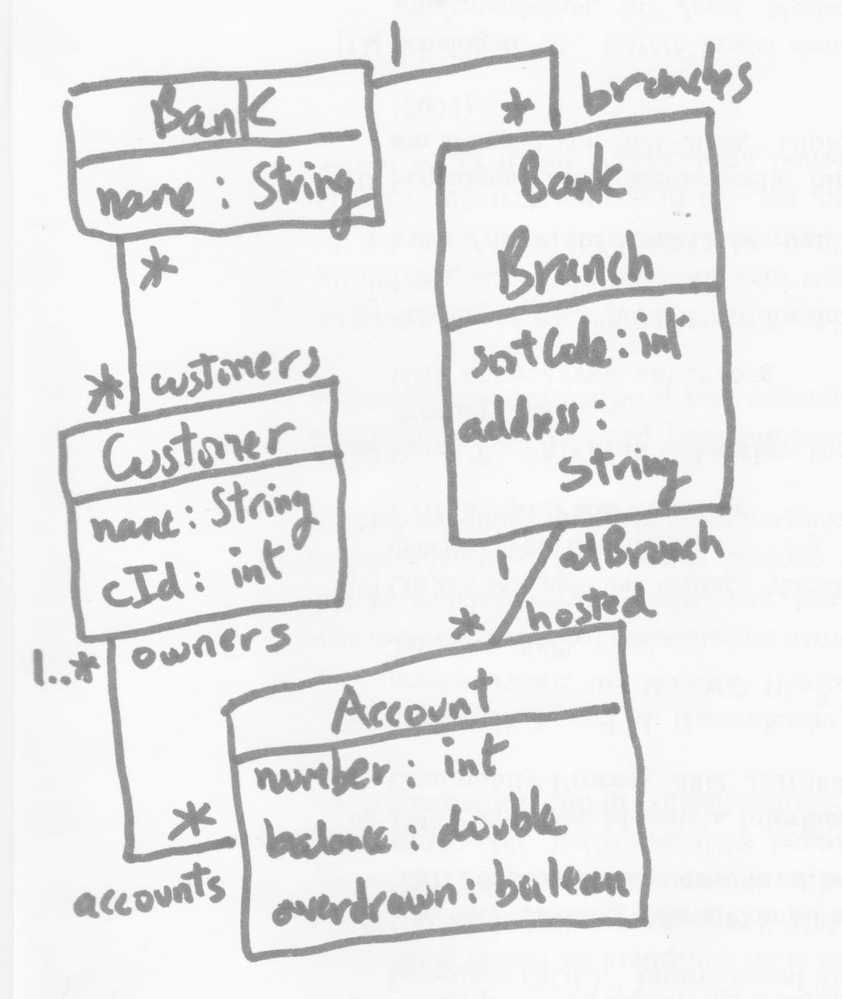
Diagram type: class_diagram
```plantuml
@startuml

class Bank {
  name: String
}

class BankBranch {
  sortCode: int
  address: String
}

class Customer {
  name: String
  cId: int
}

class Account {
  number: int
  balance: double
  overdrawn: boolean
}

Bank "1" -- "branches *" BankBranch
Bank "*" -- "customers *" Customer

Account "* accounts" -up- "1..* owners" Customer
Account "hosted *" -- "1 atBranch" BankBranch

@enduml
```